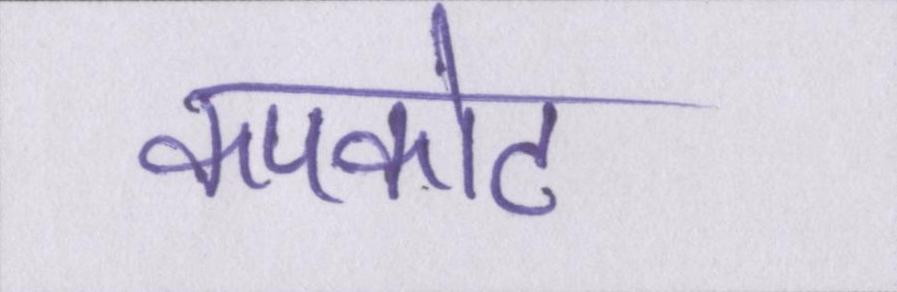
कपकोट